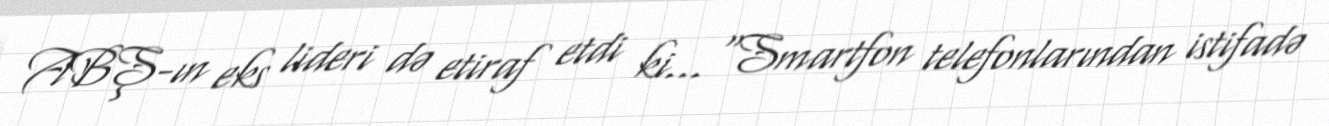
ABŞ-ın eks lideri də etiraf etdi ki... “Smartfon telefonlarından istifadə